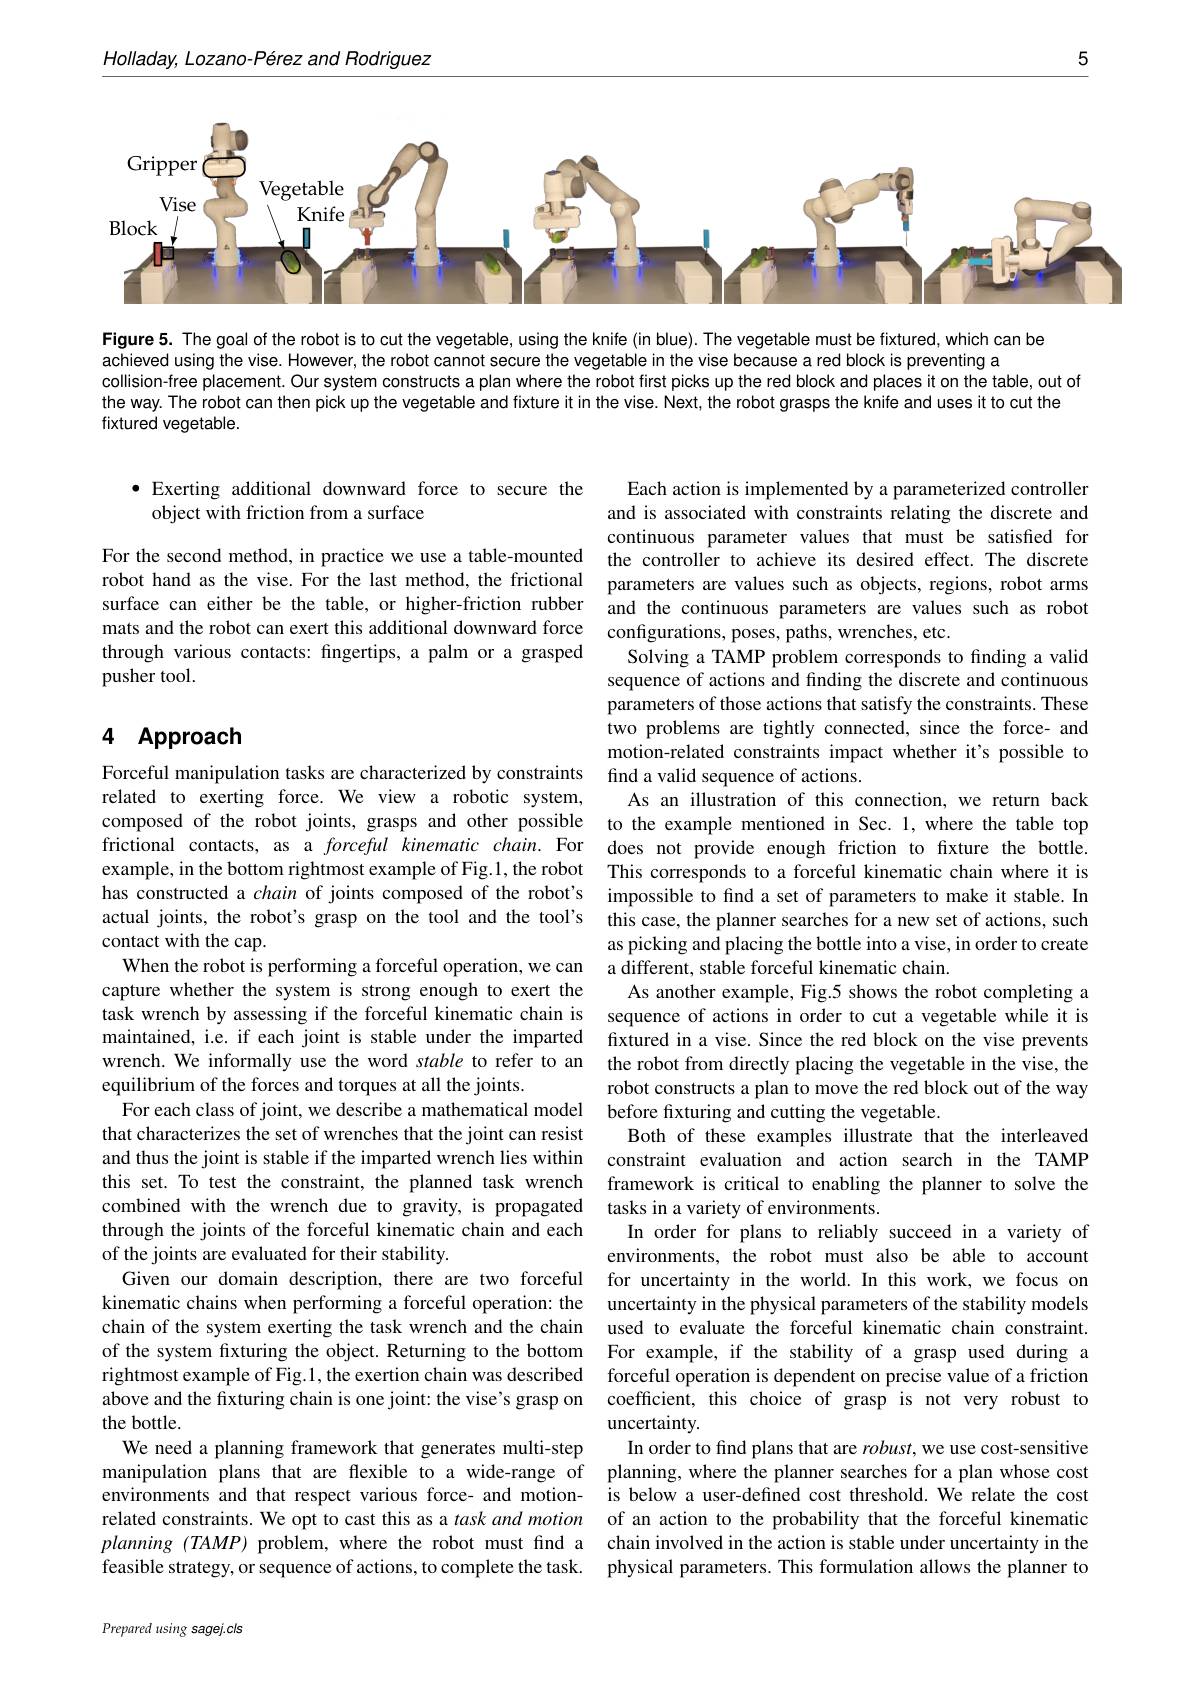
Holladay, Lozano- Pérez and Rodriguez

5

<FigureHere>

Figure 5. The goal of the robot is to cut the vegetable, using the knife (in blue). The vegetable must be fixtured, which can be
achieved using the vise. However, the robot cannot secure the vegetable in the vise because a red block is preventing a
collision-free placement. Our system constructs a plan where the robot first picks up the red block and places it on the table, out of
the way. The robot can then pick up the vegetable and fixture it in the vise. Next, the robot grasps the knife and uses it to cut the
fixtured vegetable.

· Exerting additional downward force to secure the
object with friction from a surface

For the second method, in practice we use a table-mounted the controller to achieve its desired effect. The discrete
robot hand as the vise. For the last method, the frictional surface can either be the table, or higher-friction rubber mats and the robot can exert this additional downward force configurations, poses, paths, wrenches, etc.
through various contacts: fingertips, a palm or a grasped
pusher tool.

## 4 Approach

Each action is implemented by a parameterized controller and is associated with constraints relating the discrete and continuous parameter values that must be satisfied for parameters are values such as objects, regions, robot arms and the continuous parameters are values such as robot
Solving a TAMP problem corresponds to finding a valid sequence of actions and finding the discrete and continuous parameters of those actions that satisfy the constraints. These two problems are tightly connected, since the force- and motion-related constraints impact whether it's possible to
Forceful manipulation tasks are characterized by constraints find a valid sequence of actions.
As an illustration of this connection, we return back
composed of the robot joints, grasps and other possible to the example mentioned in Sec. 1, where the table top frictional contacts, as a forceful kinematic chain. For does not provide enough friction to friction to fxture the bottle.
This corresponds to a forceful kinematic chain where it is
has constructed a chain of joints composed of the robot's impossible to find a set of parameters to make it stable. In actual joints, the robot's grasp on the tool and the tool's this case, the planner searches for a new set of actions, such
as picking and placing the bottle into a vise, in order to create
When the robot is performing a forceful operation, we can a different, stable forceful kinematic chain.
As another example, Fig.5 shows the robot completing a
task wrench by assessing if the forceful kinematic chain is sequence of actions in order to cut a vegetable while it is maintained, i.e. if each joint is stable under the imparted fixtured in a vise. Since the red block on the vise prevents wrench. We informally use the word stable to refer to an the robot from directly placing the vegetable in the vise, the
robot constructs a plan to move the red block out of the way
For each class of joint, we describe a mathematical model before frxturing and cutting the vegetable.
Both of these examples illustrate that the interleaved
and thus the joint is stable if the imparted wrench lies within constraint evaluation and action search in the TAMP this set. To test the constraint, the planned task wrench framework is critical to enabling the planner to solve the combined with the wrench due to gravity, is propagated tasks in a variety of environments.
In order for plans to reliably succeed in a variety of environments, the robot must also be able to account
Given our domain description, there are two forceful for uncertainty in the world. In this work, we focus on
uncertainty in the physical parameters of the stability models used to evaluate the forceful kinematic chain constraint.
of the system fixturing the object. Returning to the bottom For example, if the stability of a grasp used during a rightmost example of Fig.1, the exertion chain was described forceful operation is dependent on precise value of a friction above and the fixturing chain is one joint: the vise's grasp on coefficient, this choice of grasp is not very robust to
uncertainty.
In order to find plans that are $robust$, we use cost-sensitive
manipulation plans that are flexible to a wide-range of planning, where the planner searches for a plan whose cost environments and that respect various force- and motion- îs below a user-defined cost threshold. Wê relate the cost related constraints. We opt to cast this as a task and motion of an action to the probability that the forceful kinematic planning (TAMP) problem, where the robot must find a chain involved in the action is stable under uncertainty in the feasible strategy, or sequence of actions, to complete the task. physical parameters. This formulation allows the planner to

related to exerting force. We view a robotic system, example, in the bottom rightmost example of Fig.1, the robot contact with the cap.
capture whether the system is strong enough to exert the
equilibrium of the forces and torques at all the joints.
that characterizes the set of wrenches that the joint can resist through the joints of the forceful kinematic chain and each of the joints are evaluated for their stability.
kinematic chains when performing a forceful operation: the chain of the system exerting the task wrench and the chain the bottle.
We need a planning framework that generates multi-step

Prepared using sagej.cls